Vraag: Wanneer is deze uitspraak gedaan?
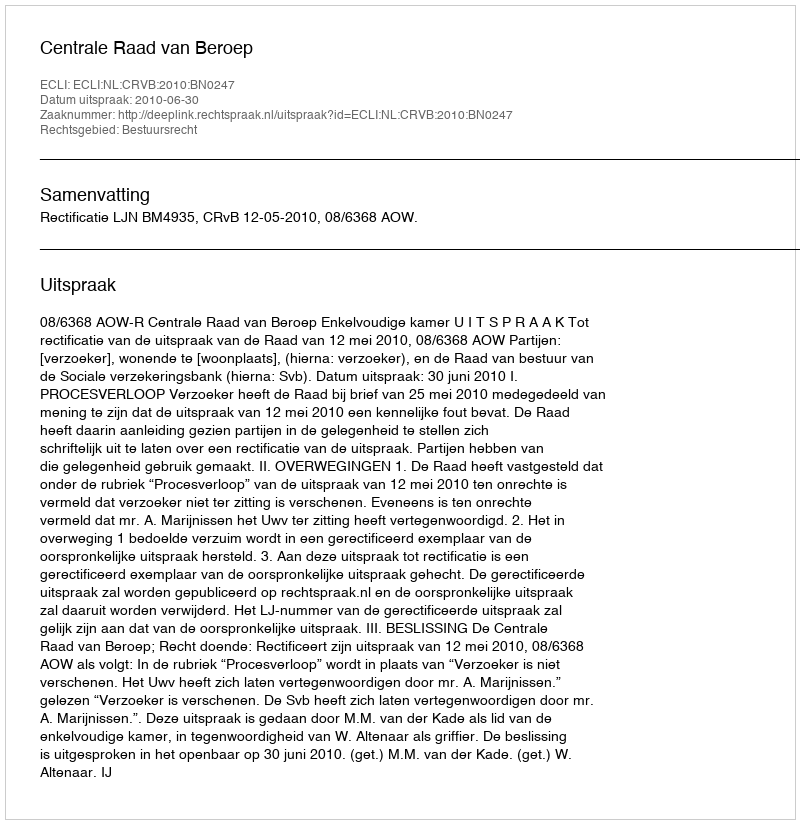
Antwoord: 2010-06-30